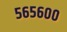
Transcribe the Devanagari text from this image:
५६५६००